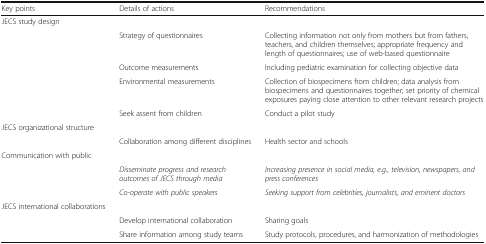
<table><thead><tr><td><b>Key points</b></td><td><b>Details of actions</b></td><td><b>Recommendations</b></td></tr></thead><tbody><tr><td rowspan="5">JECS study design</td><td></td><td></td></tr><tr><td>Strategy of questionnaires</td><td>Collecting information not only from mothers but from fathers, teachers, and children themselves; appropriate frequency and length of questionnaires; use of web-based questionnaire</td></tr><tr><td>Outcome measurements</td><td>Including pediatric examination for collecting objective data</td></tr><tr><td>Environmental measurements</td><td>Collection of biospecimens from children; data analysis from biospecimens and questionnaires together; set priority of chemical exposures paying close attention to other relevant research projects</td></tr><tr><td>Seek assent from children</td><td>Conduct a pilot study</td></tr><tr><td rowspan="2">JECS organizational structure</td><td></td><td></td></tr><tr><td>Collaboration among different disciplines</td><td>Health sector and schools</td></tr><tr><td rowspan="3">Communication with public</td><td></td><td></td></tr><tr><td><i>Disseminate progress and research outcomes of JECS through media</i></td><td><i>Increasing presence in social media, e.g., television, newspapers, and press conferences</i></td></tr><tr><td><i>Co-operate with public speakers</i></td><td><i>Seeking support from celebrities, journalists, and eminent doctors</i></td></tr><tr><td rowspan="3">JECS international collaborations</td><td></td><td></td></tr><tr><td>Develop international collaboration</td><td>Sharing goals</td></tr><tr><td>Share information among study teams</td><td>Study protocols, procedures, and harmonization of methodologies</td></tr></tbody></table>